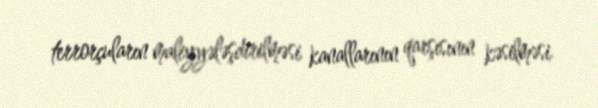
terrorçuların maliyyələşdirilməsi kanallarının qarşısının kəsilməsi